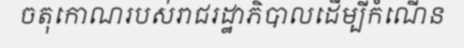
ចតុកោណរបស់រាជរដ្ឋាភិបាលដើម្បីកំណើន